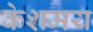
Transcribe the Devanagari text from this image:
केशमय